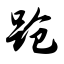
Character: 跄